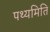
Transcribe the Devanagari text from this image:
पथ्यमिति